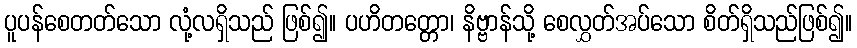
ပူပန်စေတတ်သော လုံ့လရှိသည် ဖြစ်၍။ ပဟိတတ္တော၊ နိဗ္ဗာန်သို့ စေလွှတ်အပ်သော စိတ်ရှိသည်ဖြစ်၍။